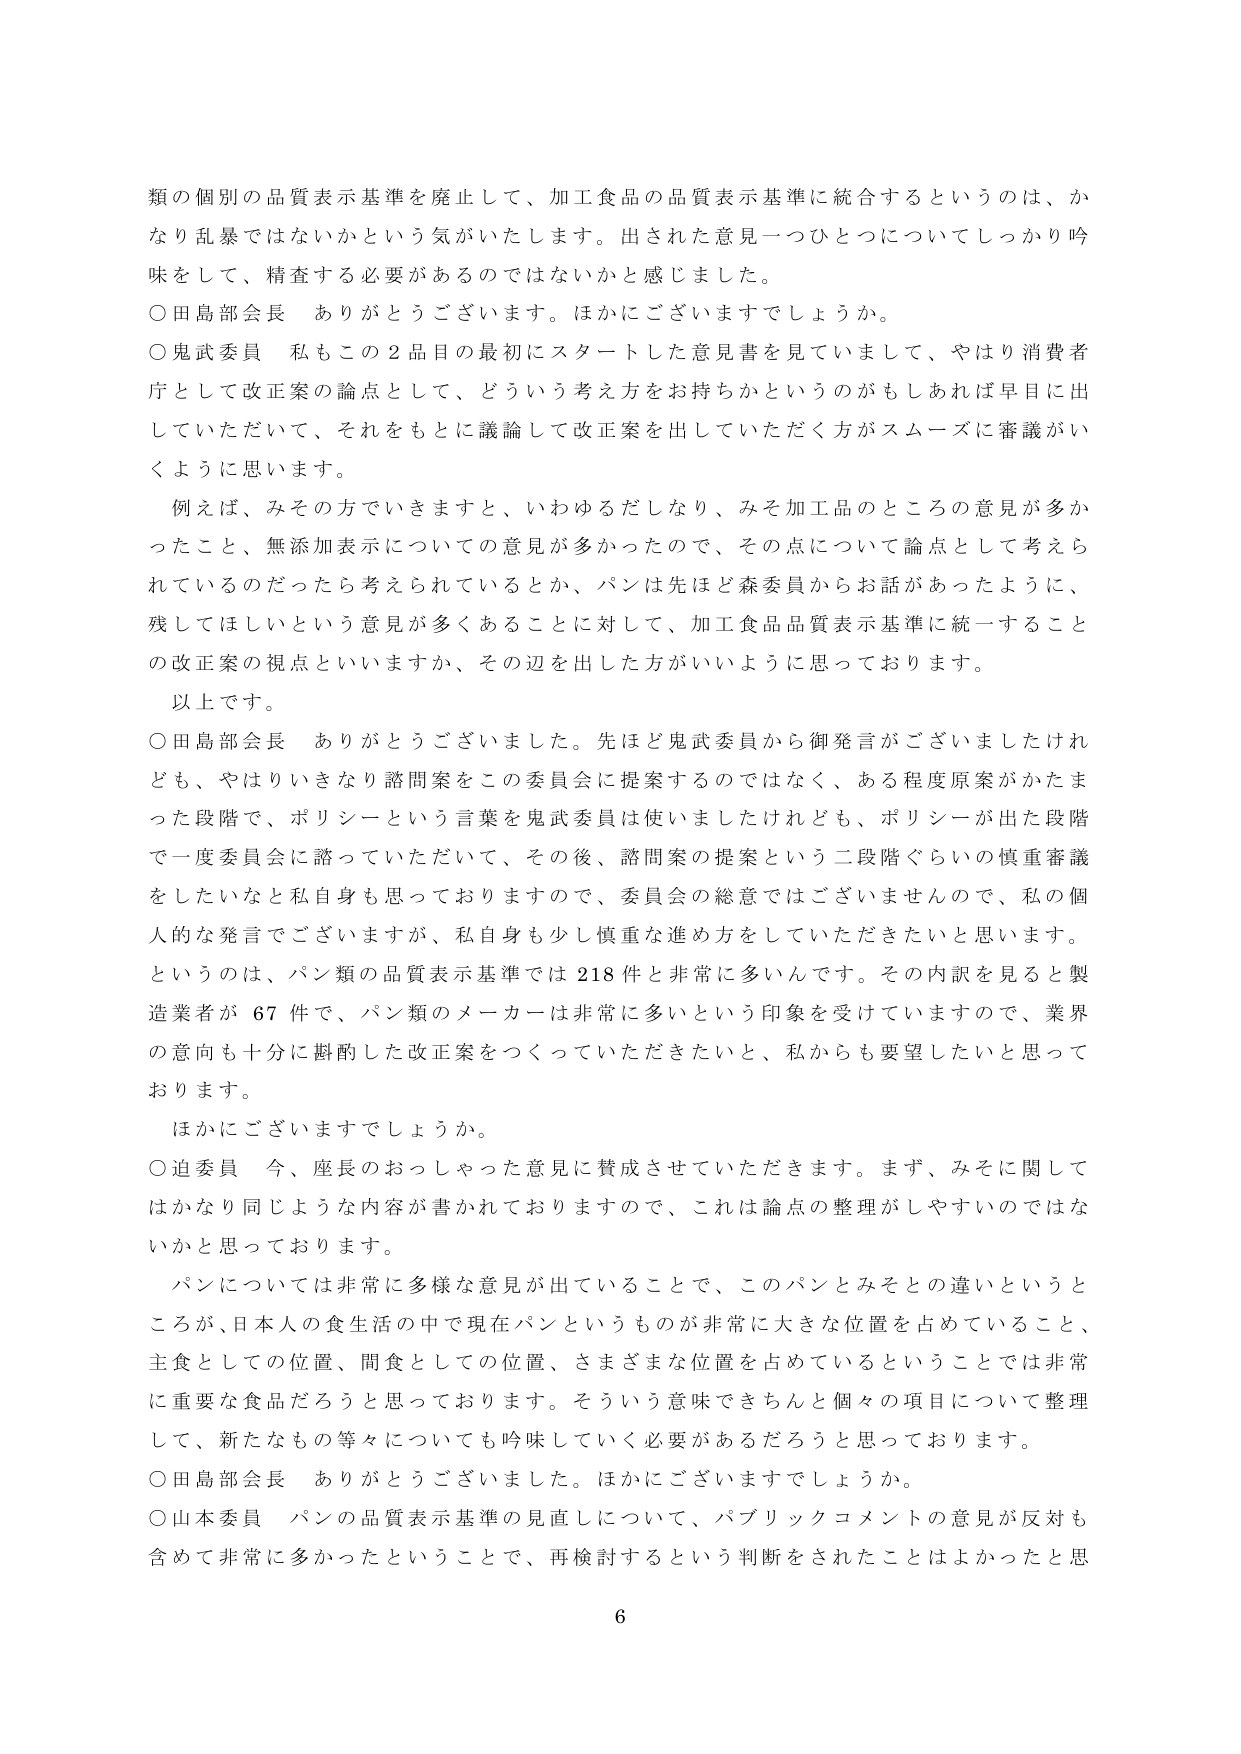
類の個別の品質表示基準を廃止して、加工食品の品質表示基準に統合するというのは、かなり乱暴ではないかという気がいたします。出された意見一つひとつについてしっかり吟味をして、精査する必要があるのではないかと感じました。

○田島部会長　ありがとうございます。ほかにございますでしょうか。

○鬼武委員　私もこの２品目の最初にスタートした意見書を見ていまして、やはり消費者庁として改正案の論点として、どういう考え方をお持ちかというのもしあれば早目に出していただいて、それをもとに議論して改正案を出していただく方がスムーズに審議がいくように思います。

　例えば、みその方でいきますと、いわゆるだしなり、みそ加工品のところの意見が多かったこと、無添加表示についての意見が多かったので、その点について論点として考えられているのだったら考えられているとか、パンは先ほど森委員からお話があったように、残してほしいという意見が多くあることに対して、加工食品品質表示基準に統一することの改正案の視点といいますか、その辺を出した方がいいように思っております。

　以上です。

○田島部会長　ありがとうございました。先ほど鬼武委員から御発言がございましたけれども、やはりいきなり諮問案をこの委員会に提案するのではなく、ある程度原案がかたまった段階で、ポリシーという言葉を鬼武委員は使いましたけれども、ポリシーが出た段階で一度委員会に諮っていただいて、その後、諮問案の提案という二段階ぐらいの慎重審議をしたいなと私自身も思っておりますので、委員会の総意ではございませんので、私の個人的な発言でございますが、私自身も少し慎重な進め方をしていただきたいと思います。というのは、パン類の品質表示基準では218件と非常に多いんです。その内訳を見ると製造業者が67件で、パン類のメーカーは非常に多いという印象を受けていますので、業界の意向も十分に斟酌した改正案をつくっていただきたいと、私からも要望したいと思っております。

　ほかにございますでしょうか。

○迫委員　今、座長のおっしゃった意見に賛成させていただきます。まず、みそに関してはかなり同じような内容が書かれておりますので、これは論点の整理がしやすいのではないかと思っております。

　パンについては非常に多様な意見が出ていることで、このパンとみそとの違いというところが、日本人の食生活の中で現在パンというものが非常に大きな位置を占めていること、主食としての位置、間食としての位置、さまざまな位置を占めているということでは非常に重要な食品だろうと思っております。そういう意味できちんと個々の項目について整理して、新たなもの等々についても吟味していく必要があるだろうと思っております。

○田島部会長　ありがとうございました。ほかにございますでしょうか。

○山本委員　パンの品質表示基準の見直しについて、パブリックコメントの意見が反対も含めて非常に多かったということで、再検討するという判断をされたことはよかったと思

6